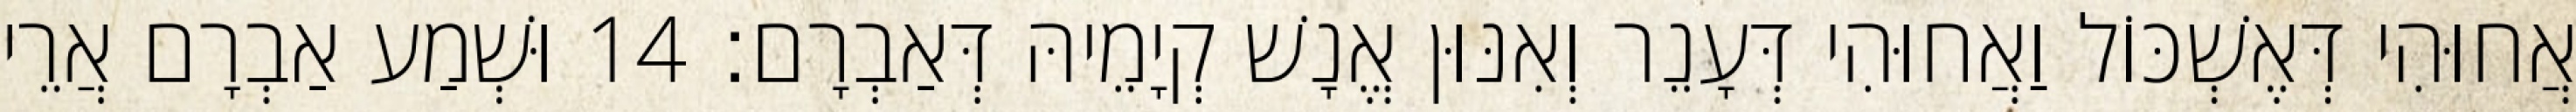
אֲחוּהִי דְּאֶשְׁכּוֹל וַאֲחוּהִי דְּעָנֵר וְאִנּוּן אֱנָשׁ קְיָמֵיהּ דְּאַבְרָם׃ 14 וּשְׁמַע אַבְרָם אֲרֵי